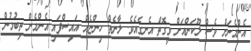
އެންމެނަށް ވެސް ލޫކަންއަށް ވީގޮތް އެނގެއެވެ. ލާނެތް ހިންޏެއް އައިސްފައި އެންމެން ތިބުމުން